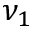
\nu _ { 1 }